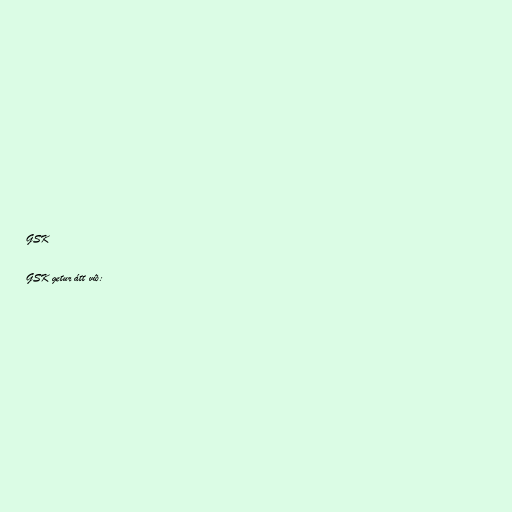
GSK

GSK getur átt við: